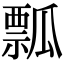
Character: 瓢